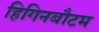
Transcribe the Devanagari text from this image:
हिगिनबौटम